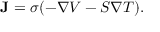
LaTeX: \mathbf { J } = \sigma ( - { \boldsymbol { \nabla } } V - S \nabla T ) .